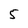
Character: 5